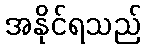
အနိုင်ရသည်